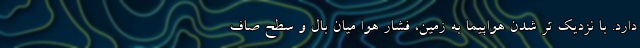
دارد. با نزدیک تر شدن هواپیما به زمین، فشار هوا میان بال و سطح صاف